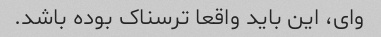
وای، این باید واقعا ترسناک بوده باشد.